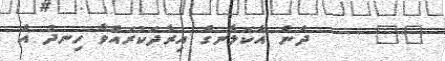
٢٢     ދެން އެކަލާނގެ އިރާދަކުރައްވާ ހިނދު އެ